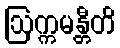
ဩက္ကမန္တီတိ